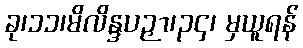
ခု၊၁၁၊မိလိန္ဒပဉှာ၊၃၄၊ မှယူရန်